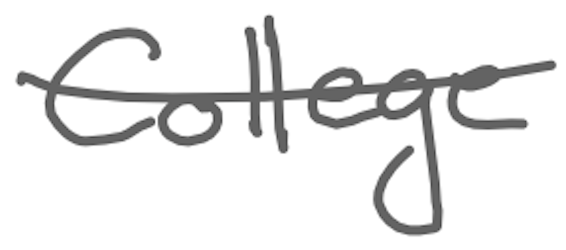
Text: College
Cross-out: single-line
Writing tool: digital_gray